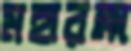
মহারক্ষা